Report on the working of the mental hospitals for Indians in Bihar and Orissa - 1925-1929
Year: 1925
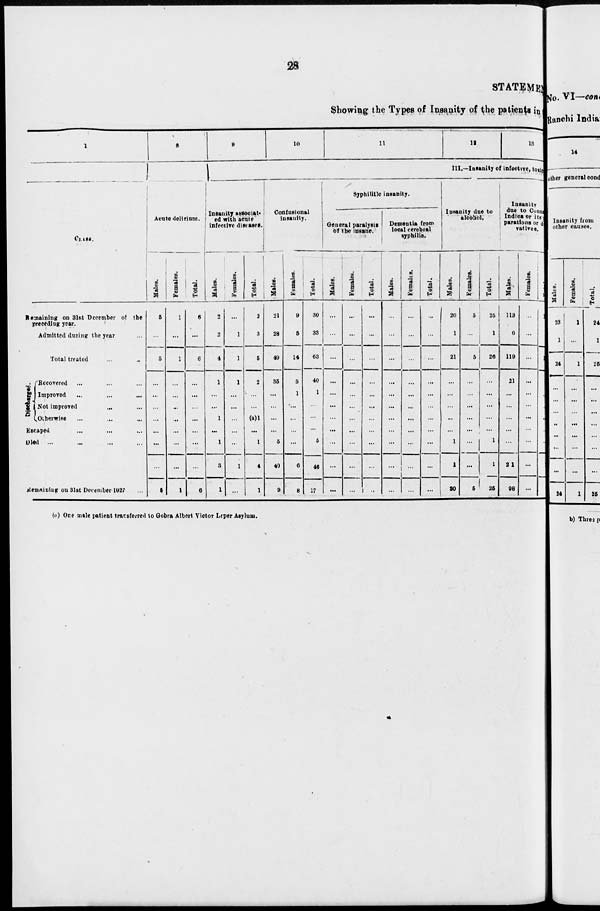
28
STATEMEN
Showing the Types of Insanity of the patients in
1
CLASS.
Remaining on 31st December of the
preceding year.
Admitted during the year ...
Total treated ... ...
Discharged.
Recovered ... ... ...
Improved ... ... ...
Not improved ... ...
Otherwise ... ... ...
Escaped ... ... ...
Died ... ... ... ...
Remaining on 31st December 1927 ...
8
Acute delirium.
Males.
5
...
5
...
...
...
...
...
...
...
5
Females.
1
...
1
...
...
...
...
...
...
...
1
Total.
6
...
6
...
...
...
...
...
...
...
6
9
10
11
12
13
III.—Insanity of infective, toxic
Insanity associat-
ed with acute
infective diseases.
Males.
2
2
4
1
...
...
1
...
1
3
1
Females.
...
1
1
1
...
...
...
...
...
1
...
Total.
2
3
5
2
...
...
(a)1
...
1
4
1
Confusional
insanity.
Males.
21
28
49
35
...
...
...
...
5
40
9
Females.
9
5
14
5
1
...
...
...
...
6
8
Total.
30
33
63
40
1
...
...
...
5
46
17
Syphilitic insanity.
General paralysis
of the insane.
Males.
...
...
...
...
...
...
...
...
...
...
...
Females.
...
...
...
...
...
...
...
...
...
...
...
Total.
...
...
...
...
...
...
...
...
...
...
...
Dementia from
local cerebral
syphilis.
Males.
...
...
...
...
...
...
...
...
...
...
...
Females.
...
...
...
...
...
...
...
...
...
...
...
Total.
...
...
...
...
...
...
...
...
...
...
...
Insanity due to
alcohol.
Males.
20
1
21
...
...
...
...
...
1
1
20
Females.
5
...
5
...
...
...
...
...
...
...
5
Total.
25
1
26
...
...
...
...
...
1
1
25
Insanity
due to Cannabis
Indica or its pre-
parations or deri-
vatives.
Males.
113
6
119
21
...
...
...
...
...
21
98
Females.
...
...
...
...
...
...
...
...
...
...
...
Total.
113
6
119
21
...
...
...
...
...
21
98
(a) One male patient transferred to Gobra Albert Victor Leper Asylum.